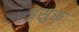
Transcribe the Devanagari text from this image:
इसुरू